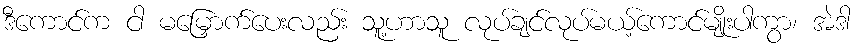
ဒီကောင်က ငါ မမြှောက်ပေးလည်း သူ့ဟာသူ လုပ်ချင်လုပ်မယ့်ကောင်မျိုးပါကွာ၊ အဲဒါ